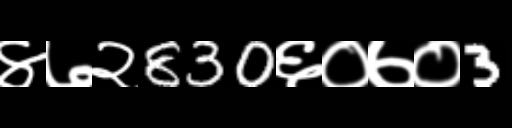
Text: ४७२830६०७०3